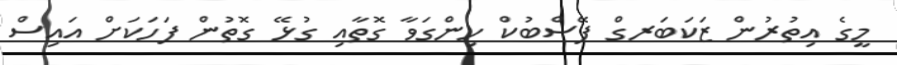
މީގެ އިތުރުން ޒަކަބަރގް ފޭސްބުކް ހިންގަވާ ގޮތާއި ގުޅޭ ގޮތުން ފަހަކަށް އައިސް